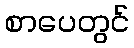
စာပေတွင်